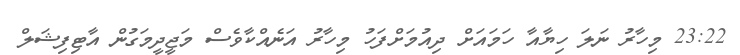
23:22 މިހާރު ނަލަ ހިޔާއާ ހަމައަށް ދިއުމަށްފަހު މިހާރު އަނެއްކާވެސް މަޖީދީމަގުން އާޓިފިޝަލް